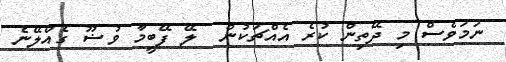
ނަމަވެސް މި ދޭތިން ކުރެ އެއްޗަކުން  ލޭ ފޭބީމާ ވުޟޫ ގެއްލޭނެ